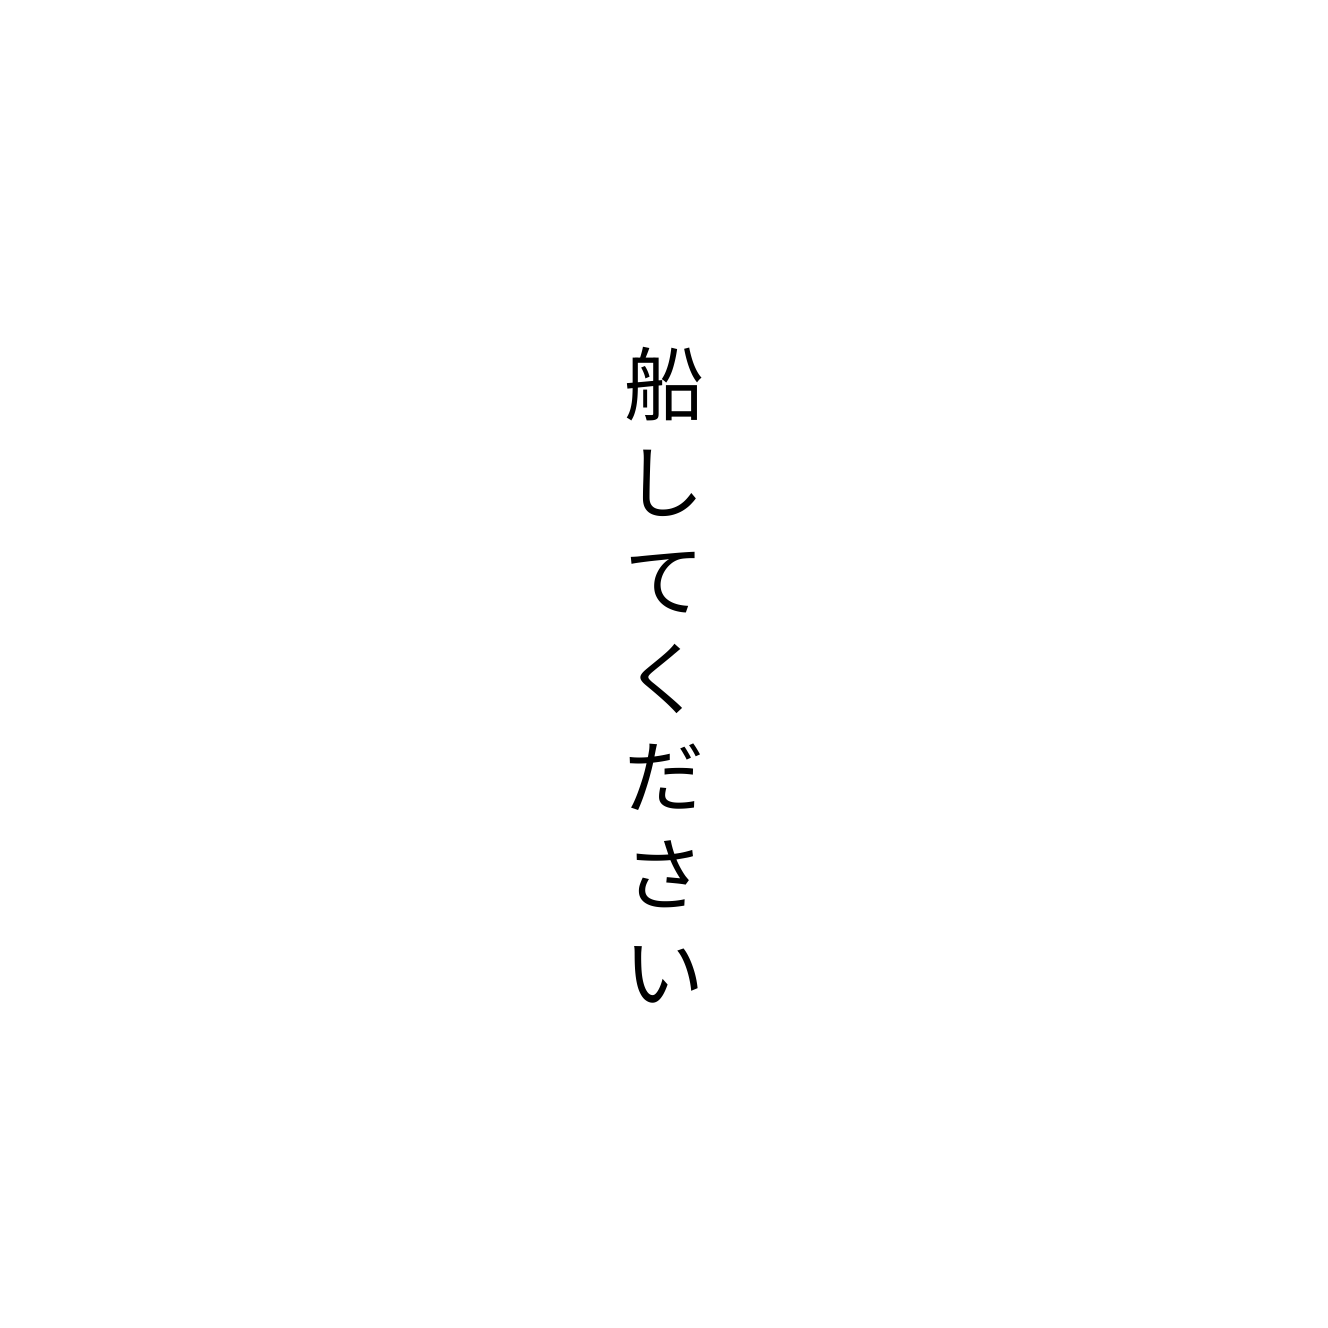
船してください